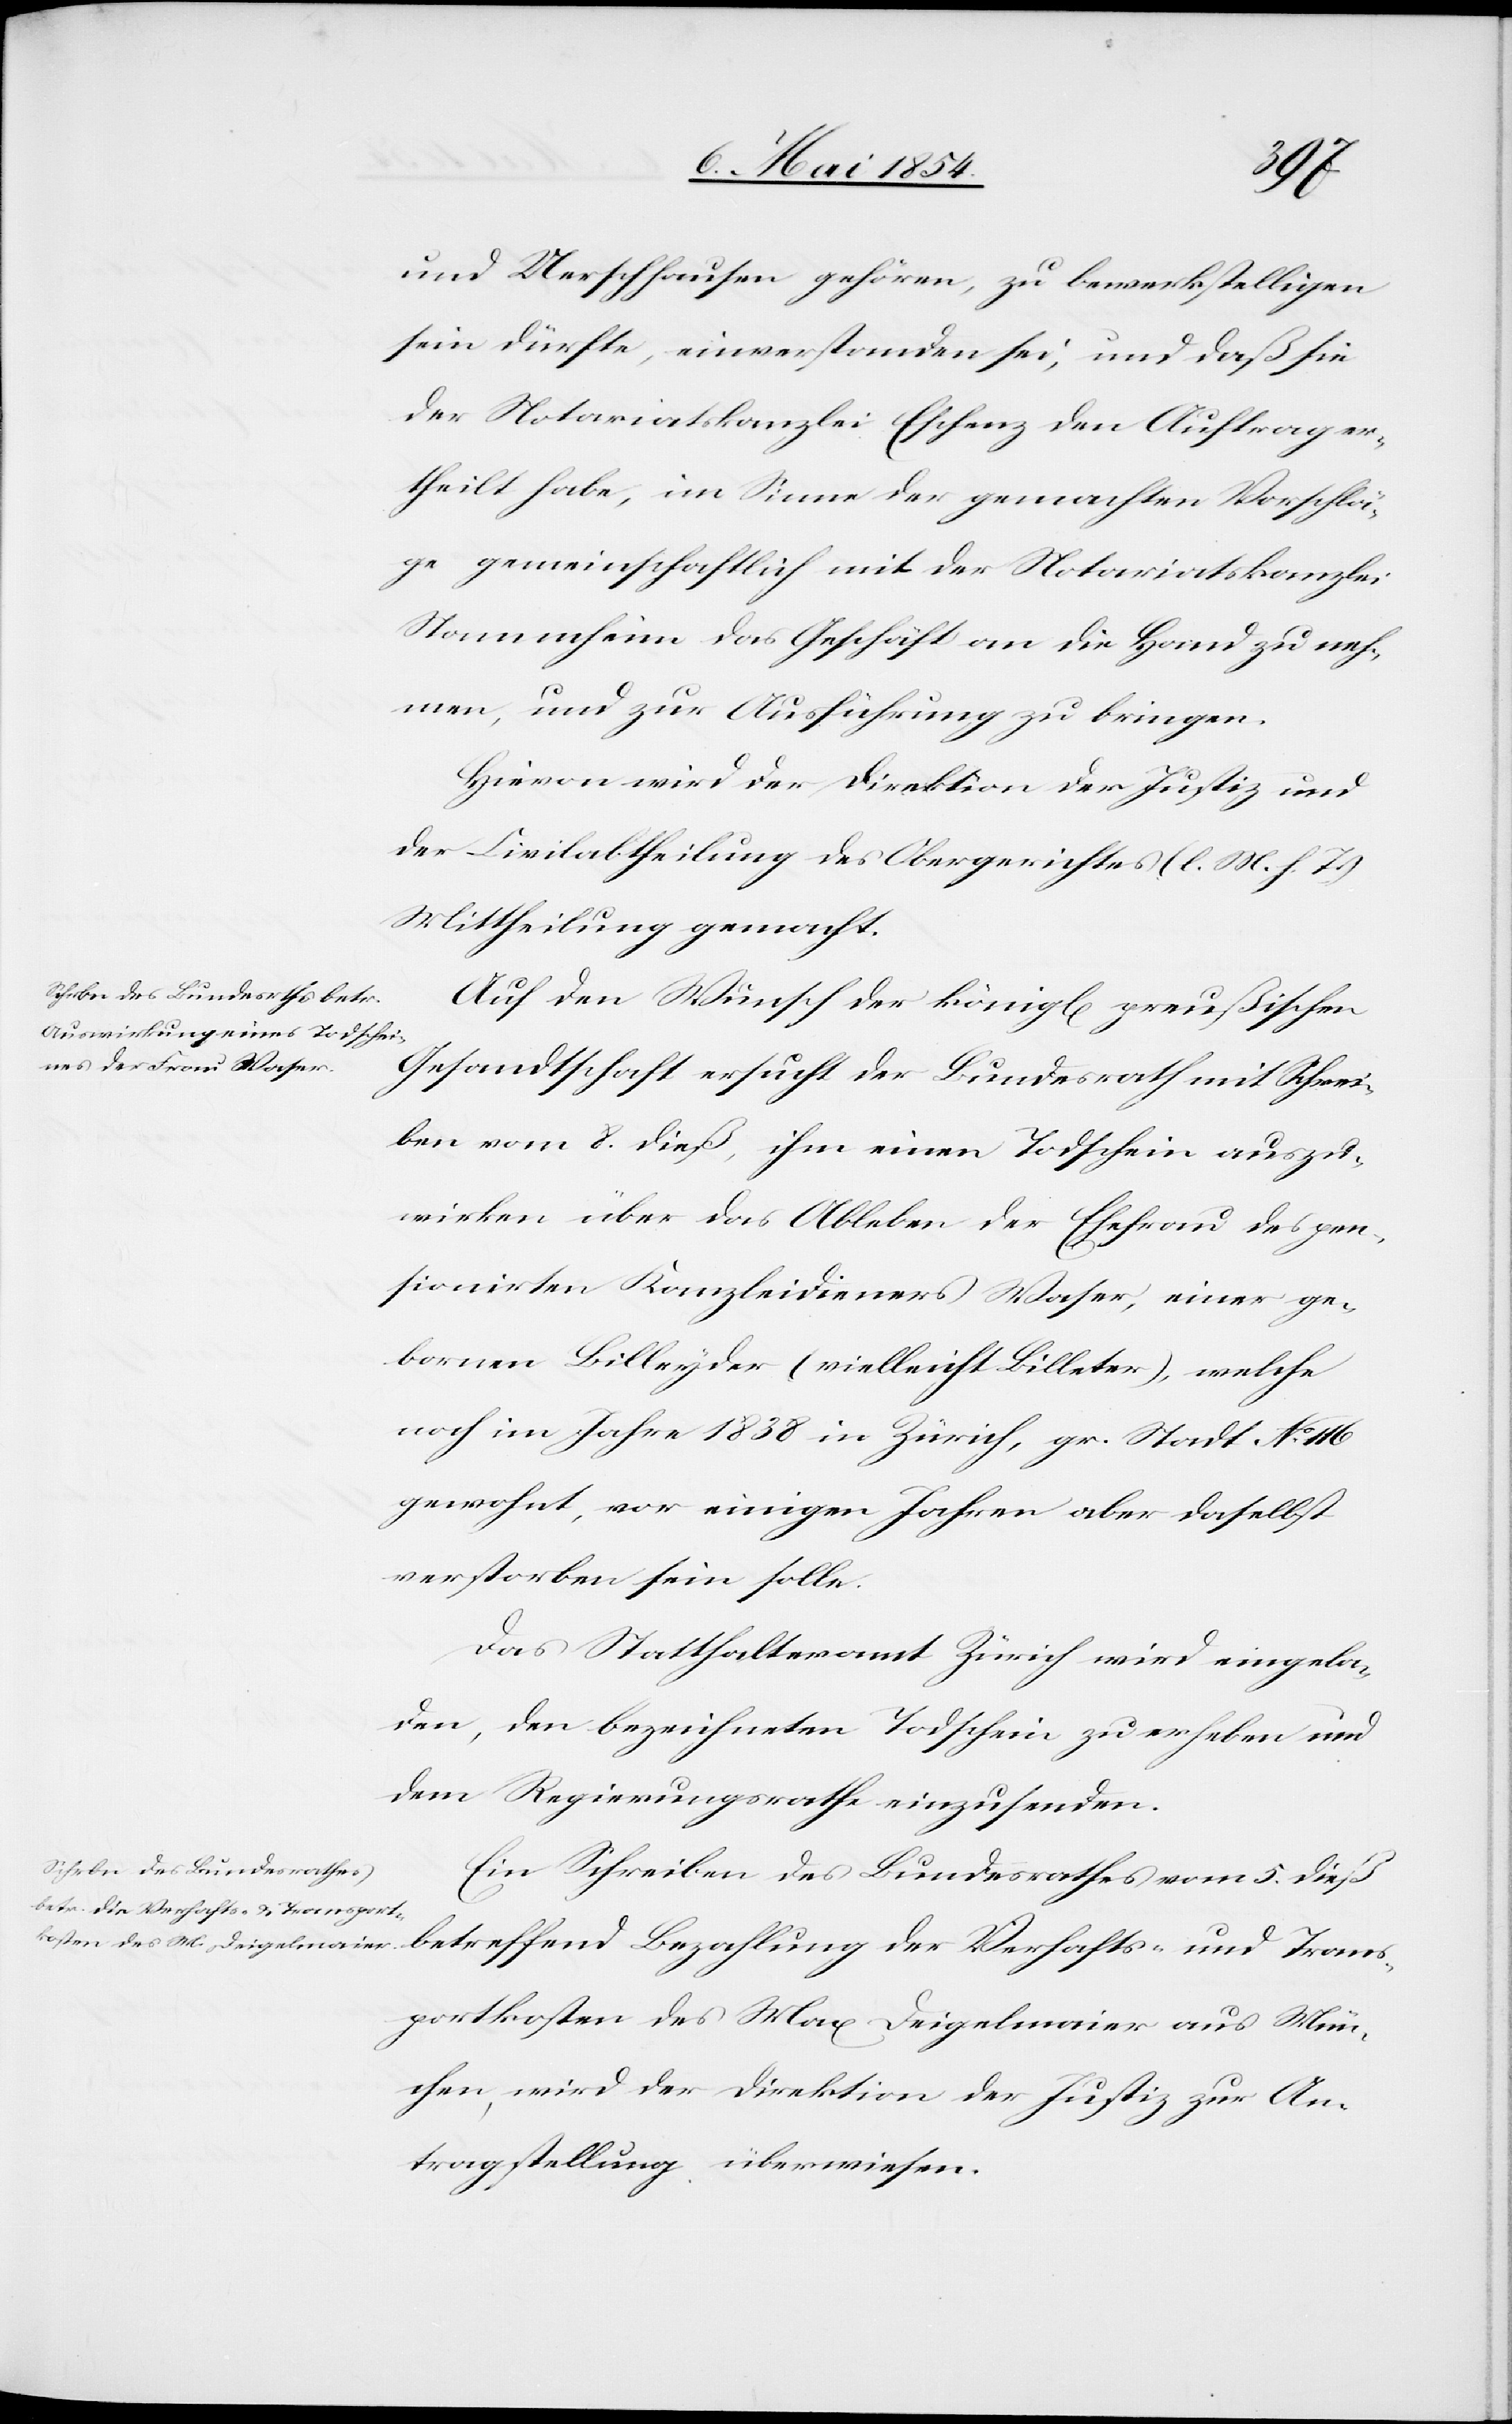
11. Mai 1854.]
Trans¬
und Uerschhausen gehören, zu bewerkstelligen
sein dürfte, einverstanden sei, und daß sie
der Notariatskanzlei Eschenz den Auftrag er¬
theilt habe, im Sinne der gemachten Vorschlä¬
ge gemeinschaftlich mit der Notariatskanzlei
Stammheim das Geschäft an die Hand zu neh¬
men, und zur Ausführung zu bringen.
Hievon wird der Direktion der Justiz und
der Civilabtheilung des Obergerichtes (l. M. h. T.)
Mittheilung gemacht.
Auf den Wunsch des königl. preußischen
Gesandtschaft ersucht der Bundesrath mit Schrei¬
ben vom 8. dieß, ihm einen Todschein auszu¬
wirken über das Ableben der Ehefrau des pen¬
sionirten Kanzleidieners Waser, einer ge¬
bornen Billeyder (vielleicht Billeter), welche
noch im Jahre 1838 in Zürich, gr. Stadt No 116
gewohnt, vor einigen Jahren aber daselbst
verstorben sein solle.
Das Statthalteramt Zürich wird eingela¬
den, den bezeichneten Todschein zu erheben und
dem Regierungsrathe einzusenden.
Ein Schreiben des Bundesrathes vom 5. dieß
portkosten des Max Deigelmaier aus Mün¬
chen, wird der Direktion der Justiz zur An¬
tragstellung überwiesen.